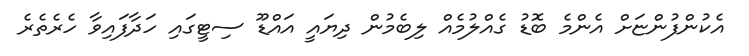
އެކުންފުންޏަށް އެންމެ ބޮޑު ގެއްލުމެއް ލިބެމުން ދިޔައީ އައްޑޫ ސިޓީގައި ހަދާފައިވާ ހެރެތެރެ